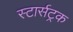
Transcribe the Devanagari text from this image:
स्टार्सट्रक